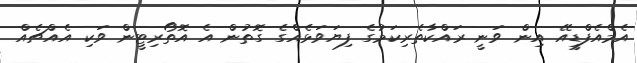
އެމްއެފްޑީއޭ އިން ވަނީ ރައްކާތެރިކަމުގެ ފިޔަވަޅެއްގެ ގޮތުން އެ އޮތޯރިޓީން ވަކި އެއްޗެއް